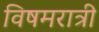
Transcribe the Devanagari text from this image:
विषमरात्री